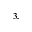
^ { 3 , }